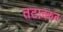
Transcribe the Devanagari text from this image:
तटावरुन